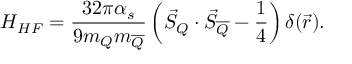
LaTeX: H _ { H F } = \frac { 3 2 \pi \alpha _ { s } } { 9 m _ { Q } m _ { \overline { { { Q } } } } } \left( \vec { S } _ { Q } \cdot \vec { S } _ { \overline { { { Q } } } } - \frac { 1 } { 4 } \right) \delta ( \vec { r } ) .